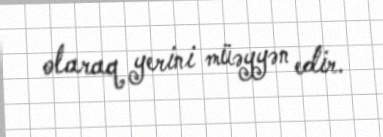
olaraq yerini müəyyən edir.